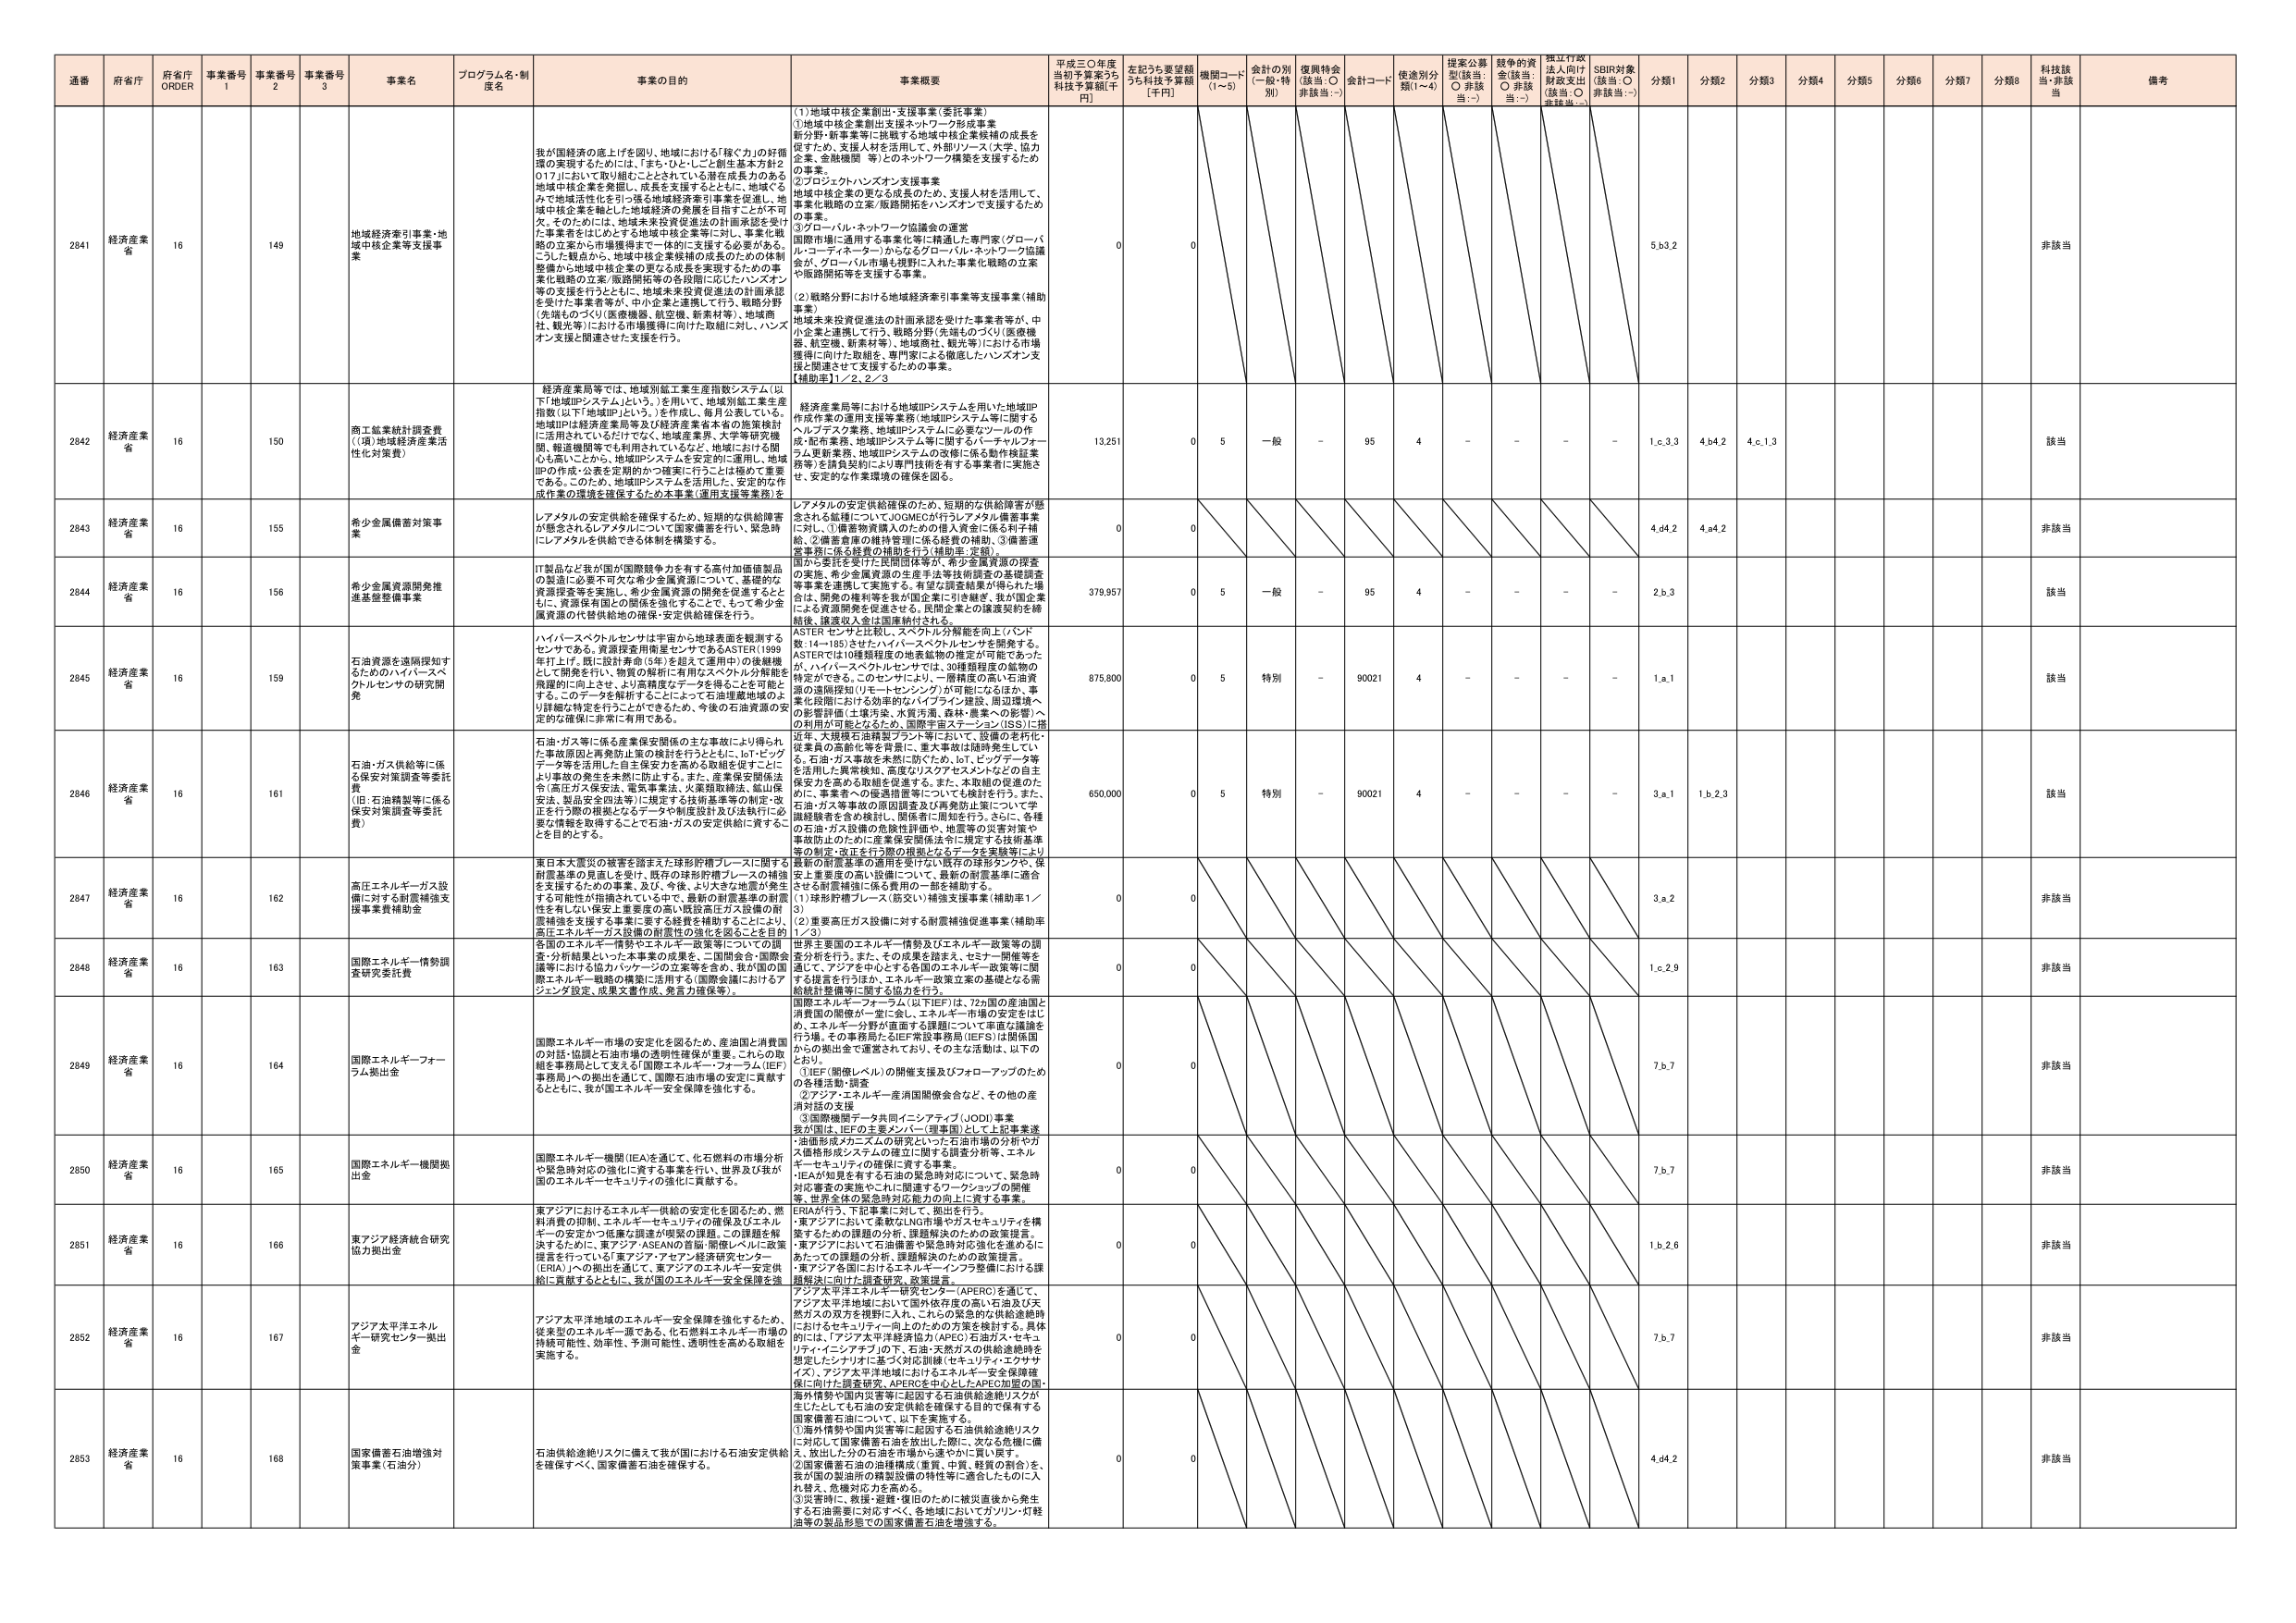
通番 府省庁 府省庁 ORDER 事業番号 1 事業番号 2 事業番号 3 事業名 プログラム名・制度名 事業の目的 事業概要 平成三〇年度当初予算案うち科技予算額[千円] 左記うち要望額うち科技予算額[千円] 機関コード(1～5) 金計の別(一般・特別) 復興特金(該当:○ 非該当:－) 金計コード 使途別分類(1～4) 提案公募型(該当:○ 非該当:－) 越年の資金(該当:○ 非該当:－) 押江行政法人向け財政支出(該当:○ 非該当:－) SDBR対象(該当:○ 非該当:－) 分類1 分類2 分類3 分類4 分類5 分類6 分類7 分類8 科技該当 非該当 備考

2841 経済産業省 16 149 地域経済牽引事業・地域中核企業等支援事業 我が国経済の底上げを図り、地域における「稼ぐ力」の好循環の実現するためには、「まち・ひと・とし創生基本方針2017」において取り組むこととされている潜在成長力のある地域中核企業を発掘し、成長を支援するとともに、地域ぐるみで地域活性化を引っ張る地域経済牽引事業を促進し、地域中核企業を軸とした地域経済の発展を目指すことが不可欠。そのためには、地域未来投資促進法の計画承認を受けた事業者をはじめとする地域中核企業等に対し、事業化戦略の立案から市場獲得まで一体的に支援する必要がある。こうした観点から、地域中核企業候補の成長のための体制整備から地域中核企業の更なる成長を実現するための事業化戦略の立案/販路開拓等の支援に向けたハンズオン等の支援を行うとともに、地域未来投資促進法の計画承認を受けた事業者等が、中小企業と連携して行う、戦略分野（先端ものづくり（医療機器、航空機、新素材等）、地域商社、観光等）における市場獲得に向けた取組に対し、ハンズオン支援と関連させた支援を行う。 (1)地域中核企業創出・支援事業（委託事業） ①地域中核企業創出支援ネットワーク形成事業 新分野・新事業等に挑戦する地域中核企業候補の成長を促すため、支援人材を活用して、外部リソース（大学、協力企業、金融機関 等）とのネットワーク構築を支援するための事業。 ②プロジェクトハンズオン支援事業 地域中核企業の更なる成長のため、支援人材を活用して、事業化戦略の立案/販路開拓をハンズオンで支援するための事業。 ③グローバル・ネットワーク協議会の運営 国際市場に通用する事業化等に精通した専門家（グローバル・コーディネーター）からなるグローバル・ネットワーク協議会が、グローバル市場も視野に入れた事業化戦略の立案や販路開拓等を支援する事業。 (2)戦略分野における地域経済牽引事業等支援事業（補助事業） 地域未来投資促進法の計画承認を受けた事業者等が、中小企業と連携して行う、戦略分野（先端ものづくり（医療機器、航空機、新素材等）、地域商社、観光等）における市場獲得に向けた取組を、専門家による徹底したハンズオン支援と関連させて支援するための事業。 【補助率】1／2、2／3 0 0 5.b3.2 非該当

2842 経済産業省 16 150 商工鉱業統計調査費（（現）地域経済産業活性化対策費） 経済産業局等では、地域別鉱工業生産指数システム（以下「地域IPシステム」という。）を用いて、地域別鉱工業生産指数（以下「地域IP」という。）を作成し、毎月公表している。地域IPは経済産業局等及び経済産業省本省の施策検討に活用されているだけでなく、地域産業界、大学等研究機関、報道機関等でも利用されているなど、地域における関心も高いことから、地域IPシステムを安定的に運用し、地域IPの作成・公表を定期的かつ確実に行うことは極めて重要である。このため、地域IPシステムを活用した、安定的な作成作業の環境を確保するための本事業（運用支援等業務）を 経済産業局等における地域IPシステムを用いた地域IP作成作業の運用支援等業務（地域IPシステム等に関するヘルプデスク業務、地域IPシステムに必要なツールの作成・配布業務、地域IPシステム等に関するバーチャルフォーラム更新業務、地域IPシステムの改修に係る動作検証業務等）を請負契約により専門技術を有する事業者に実施させ、安定的な作業環境の確保を図る。 13,251 0 5 一般 - 95 4 - - - - 1.c.3.3 4.b4.2 4.c.1.3 該当

2843 経済産業省 16 155 希少金属備蓄対策事業 レアメタルの安定供給を確保するため、短期的な供給障害が懸念される品種について、JOMECが行うレアメタル備蓄事業に対し、①備蓄物資購入のための借入資金に係る利子補給、②備蓄倉庫の維持管理に係る経費の補助、③備蓄運営事務に係る経費の補助を行う（補助率：定額）。 0 0 4.d4.2 4.a4.2 非該当

2844 経済産業省 16 156 希少金属資源開発推進基盤整備事業 IT製品など我が国が国際競争力を有する高付加価値製品の製造に必要不可欠な希少金属資源について、基礎的な資源調査等を実施し、希少金属資源の開発を促進するとともに、資源保有国との関係を円滑にすることをも含めて、希少金属資源の代替供給地の確保・安定供給確保を行う。 温かさ委託を受けた民間団体等が、希少金属資源の探査の実施、希少金属資源の生産手法等技術開発の基礎調査等事業を実施して実施する。有望な調査結果が得られた場合は、開発の権利等を我が国企業に引き継ぎ、我が国企業による資源開発を促進させる。民間企業との継続契約を締結後、繰越収入金は国庫納付される。 379,957 0 5 一般 - 95 4 - - - - 2.b.3 該当

2845 経済産業省 16 159 石油資源を遠隔探知するためのハイパースペクトルセンサの研究開発 ハイパースペクトルセンサは宇宙から地球表面を観測するセンサである。資源探査用衛星センサであるASTER（1999年打ち上げ、順に設計寿命10年）を超えて運用中の後継機として開発を行い、物質の解析に有用なスペクトル分解能を飛躍的に向上させ、より高精度なデータを得ることを可能とする。このデータを解析することによって石油埋蔵地域のより詳細な特定を行うことができるため、今後の石油資源の安定的な確保に非常に有用である。 ASTERセンサと比較し、スペクトル分解能を向上（バンド数：14～185）させたハイパースペクトルセンサを開発する。ASTERでは10種類程度の地表鉱物の推定が可能であったが、ハイパースペクトルセンサでは、30種類程度の鉱物の特定ができる。このセンサにより、一層精密の高い石油資源の遠隔探知（リモートセンシング）が可能になるほか、事業化段階における効率的なバイプラン建設、周辺環境への影響評価（土壌汚染、水質汚濁、森林・農業への影響）への利用が可能となるため、国際宇宙ステーション（ISS）に搭載し、運用する。 675,800 0 5 特別 - 90021 4 - - - - 1.a.1 該当

2846 経済産業省 16 161 石油・ガス供給等に係る保安対策調査等委託費（旧：石油精製等に係る保安対策調査等委託費） 石油・ガス等に係る産業保安関係の主な事故により得られた事故原因と再発防止策の検討を行うとともに、IoT・ビッグデータ等を活用した自主保安対策の高度化を支援することにより事故の発生を未然に防止する。また、産業保安関係法令（高圧ガス保安法、電気事業法、火薬類取締法、鉱山保安法、製品安全四法等）に規定する技術基準等の制定・改正を行う際の根拠となるデータや制度設計及び法執行に必要な情報を取得することで石油・ガスの安定供給に資することを目的とする。 近年、大規模石油精製プラント等において、設備の老朽化、従業員の高齢化等を背景に、重大事故は随時発生している。石油・ガス事故を未然に防ぐため、IoT、ビッグデータ等を活用した異常検知、高度なリスクアセスメントなどの自主保安力を高める取組を促進する。また、本取組の促進のために、事業者等への意識啓発等についても検討を行う。また、石油・ガス等事故の原因調査及び再発防止策について学識経験者を含め検討し、関係者に周知を行う。さらに、各種の石油・ガス設備の危険性評価や、地震等の災害対策や事故防止のために産業保安関係法令に規定する技術基準等の制定・改正を行う際の根拠となるデータを実験等により 650,000 0 5 特別 - 90021 4 - - - - 3.a.1 1.b.2.3 該当

2847 経済産業省 16 162 高圧エネルギーガス設備に対する耐震補強支援事業費補助金 東日本大震災の被害を踏まえた球形貯槽プレースに関する耐震基準の見直しを受け、既存の球形貯槽プレースの補強を支援するための事業。及び、今後、より大きな地震が発生する可能性が指摘されている中で、最新の耐震基準の制度性を有しない保安上重要度の高い既設高圧ガス設備の耐震補強を支援する事業に要する経費を補助することにより、高圧エネルギー・ガス設備の耐震性の強化を図ることを目的 最新の耐震基準の適用を受けない既存の球形タンクや、保安上重要度の高い設備について、最新の耐震基準に適合させる耐震補強に係る費用の一部を補助する。 (1)球形貯槽プレース（筋交い）補強支援事業（補助率1／3） (2)重要高圧ガス設備に対する耐震補強促進事業（補助率1／3） 0 0 3.a.2 非該当

2848 経済産業省 16 163 国際エネルギー情勢調査研究委託費 各国のエネルギー情勢やエネルギー政策等についての調査・分析結果といった本事業の成果を、＝国際会合、国際会議等における協力パッケージの立案等を含め、我が国の国際エネルギー戦略の構築に活用する（国際会議におけるアジェンダ設定、政策文書作成、発言力確保等）。 世界主要国のエネルギー情勢及びエネルギー政策等の調査分析を行う。また、その成果を踏まえ、セミナー開催等を通じて、アジアを中心とする各国のエネルギー政策等に関する提言を行うほか、エネルギー政策立案の基礎となる需給統計整備等に関する協力を行う。 0 0 1.c.2.9 非該当

2849 経済産業省 16 164 国際エネルギーフォーラム拠出金 国際エネルギー市場の安定化を図るため、産油国と消費国の対話・協調と石油市場の透明性確保が重要。これらの取組を事務局として支える「国際エネルギーフォーラム（IEF）事務局」への拠出を通じ、国際石油市場の安定に貢献するとともに、我が国エネルギー安全保障を強化する。 国際エネルギーフォーラム（以下IEF）は、72か国の産油国と消費国の関係が一堂に会し、エネルギー市場の安定をはかり、エネルギー分野が直面する課題について率直な議論を行う場。その事務局たるIEF常設事務局（IEFＳ）は関係国からの拠出金で運営されており、その主な活動は、以下のとおり。 ①IEF（閣僚レベル）の開催支援及びフォローアップのための各種活動・調査 ②アジアエネルギー産消国閣僚会合など、その他の産消対話の支援 ③国際機関データ共同イニシアティブ（JODI）事業 我が国は、IEFの主要メンバー（理事国）として上記事業運 0 0 7.b.7 非該当

2850 経済産業省 16 165 国際エネルギー機関拠出金 国際エネルギー機関（IEA）を通じて、化石燃料の市場分析や緊急時対応の強化に資する事業を行い、世界及び我が国のエネルギー・セキュリティの強化に貢献する。 ・油価形成メカニズムの研究といった石油市場の分析やガス価格形成システムの確立に関する調査分析等、エネルギー・セキュリティの確保に資する事業。 ・IEAが知見を有する石油の緊急時対応について、緊急時対応審査の実施やこれに関連するワークショップの開催等、世界全体の緊急時対応能力の向上に資する事業。 0 0 7.b.7 非該当

2851 経済産業省 16 166 東アジア経済統合研究協力拠出金 東アジアにおけるエネルギー供給の安定化を図るため、燃料消費の抑制、エネルギー・セキュリティの確保及びエネルギーの安定かつ低廉な調達が喫緊の課題。この課題を解決するために、東アジア・ASEANO首脳・閣僚レベルに政策提言を行っている「東アジア・アジア経済研究センター（ERAI）」の拠出を通じて、東アジアのエネルギー安定供給に貢献するとともに、我が国のエネルギー安全保障を強 ERIAが行う、下記事業に対して、拠出を行う。 ・東アジアにおいて多数のLNG市場やガスセキュリティを構築するための課題の分析、課題解決のための政策提言。 ・東アジアにおいて石油備蓄や緊急時対応強化を進めるとともに、あらためての課題の分析、課題解決のための政策提言。 ・東アジア諸国におけるエネルギーインフラ整備における課題解決に向けた調査研究、政策提言。 0 0 1.b.2.6 非該当

2852 経済産業省 16 167 アジア太平洋エネルギー研究センター拠出金 アジア太平洋地域のエネルギー安全保障を強化するため、従来型のエネルギー源である、化石燃料エネルギー市場の持続可能性、効率性、予測可能性、透明性を高める取組を実施する。 アジア太平洋エネルギー研究センター（APERC）を通じて、アジア太平洋地域において国外依存度の高い石油及び天然ガスの双方を視野に入れ、これらの緊急的な供給途絶時におけるセキュリティ向上のための方策を検討する。具体的には、「アジア太平洋経済協力（APEC）石油ガス・セキュリティ・イニシアティブ」の下、石油・天然ガスの供給途絶時を想定したシナリオに基づく対応訓練（セキュリティエクササイズ）、アジア太平洋地域におけるエネルギー安全保障確保に向けた調査研究、APERCを中心としたAPEC加盟の国・海外情勢や国内災害等に起因する石油供給途絶リスクが生じたとしても石油の安定供給を確保する目的で保有する国家備蓄石油について、以下を実施する。 0 0 7.b.7 非該当

2853 経済産業省 16 168 国家備蓄石油増強対策事業（石油分） 石油供給途絶リスクに備えて我が国における石油安定供給を確保すべく、国家備蓄石油を確保する。 ①海外情勢や国内災害等に起因する石油供給途絶リスクに対して国家備蓄石油を放出した際に、次なる危機に備え、放出した分の石油を市場から速やかに買い戻す。 ②国家備蓄石油の油種構成（重質、中質、軽質の割合）を、我が国の製油所の精製設備の特性等に適合したものに入れ替え、危機対応力を高める。 ③災害時に、救援・避難・復旧のために被災直後から発生する石油需要に対応すべく、各地域においてガソリン・灯軽油等の製品形態での国家備蓄石油を増強する。 0 0 4.d4.2 非該当